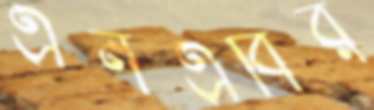
এনএবির